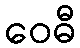
ဝေဓီ